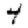
Digit: 4